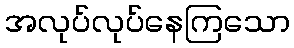
အလုပ်လုပ်နေကြသော